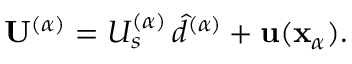
\mathbf { U } ^ { ( \alpha ) } = U _ { s } ^ { ( \alpha ) } \, \hat { d } ^ { ( \alpha ) } + \mathbf { u } ( \mathbf { x } _ { \alpha } ) .